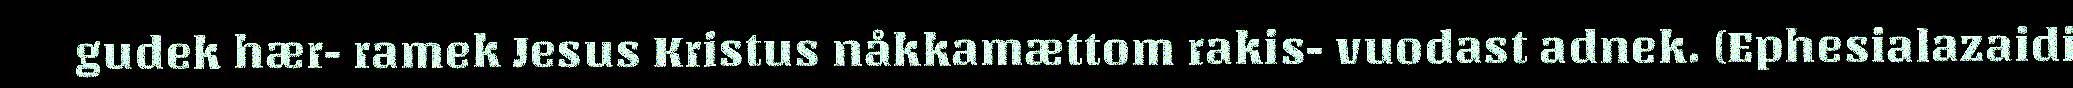
gudek hær- ramek Jesus Kristus nåkkamættom rakis- vuodast adnek. (Ephesialazaidi